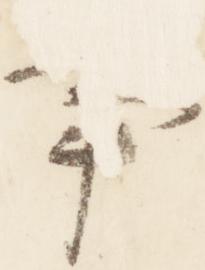
事